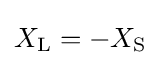
X_{\text{L}}=-X_{\text{S}}